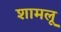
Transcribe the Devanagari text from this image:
शामलू